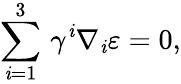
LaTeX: \sum_{\mathit{i}=1}^{3}\, \gamma^{\mathit{i}}\nabla_{\mathit{i}}\varepsilon=0,